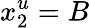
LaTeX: x_{2}^{u}=B